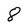
Character: 8